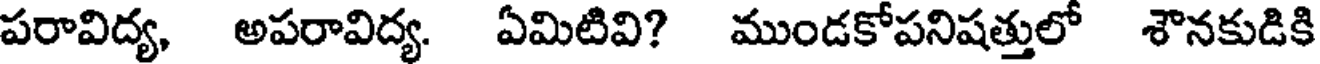
పరావిద్య, అపరావిద్య. ఏమిటివి? ముండకోపనిషత్తులో శౌనకుడికి